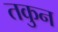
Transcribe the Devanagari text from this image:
तकुन